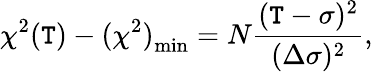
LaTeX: \chi^{2}(\mathtt{T})-{(\chi^{2})}_{\mathrm{{min}}}=N\frac{{(\mathtt{T}-\sigma)^{2}}}{{(\Delta\sigma)^{2}}},